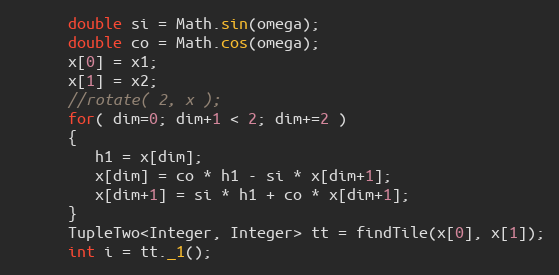
Language: Java
      double si = Math.sin(omega);
      double co = Math.cos(omega);
      x[0] = x1;
      x[1] = x2;
      //rotate( 2, x );
      for( dim=0; dim+1 < 2; dim+=2 )
      {
         h1 = x[dim];
         x[dim] = co * h1 - si * x[dim+1];
         x[dim+1] = si * h1 + co * x[dim+1];
      }
      TupleTwo<Integer, Integer> tt = findTile(x[0], x[1]);
      int i = tt._1();